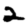
Digit: 2